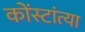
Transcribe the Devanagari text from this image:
कोंस्टांत्या